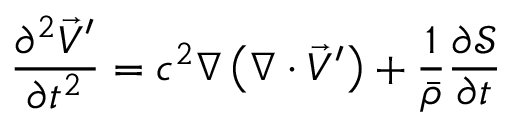
\frac { \partial ^ { 2 } \vec { V } ^ { \prime } } { \partial t ^ { 2 } } = c ^ { 2 } \nabla \left( \nabla \cdot \vec { V } ^ { \prime } \right) + \frac { 1 } { \bar { \rho } } \frac { \partial \mathcal { S } } { \partial t }